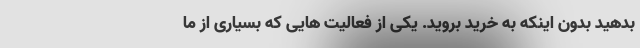
بدهید بدون اینکه به خرید بروید. یکی از فعالیت هایی که بسیاری از ما